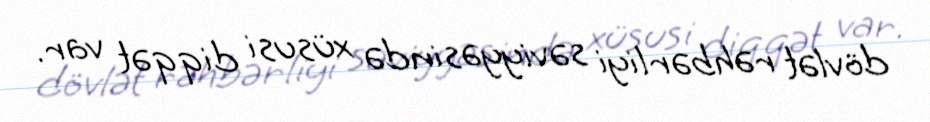
dövlət rəhbərliyi səviyyəsində xüsusi diqqət var.